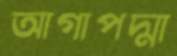
আগাপদ্মা